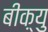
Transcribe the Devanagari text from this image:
बीक़्यु